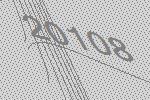
20108